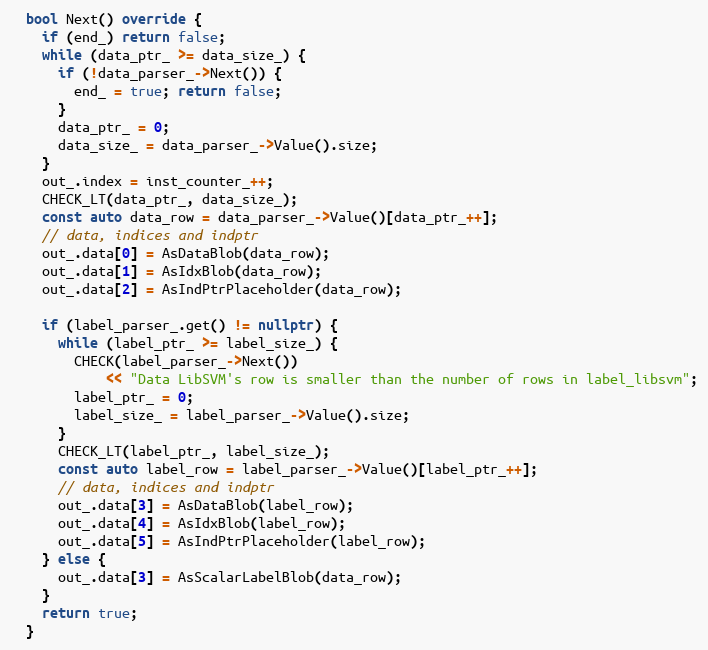
Language: C++
  bool Next() override {
    if (end_) return false;
    while (data_ptr_ >= data_size_) {
      if (!data_parser_->Next()) {
        end_ = true; return false;
      }
      data_ptr_ = 0;
      data_size_ = data_parser_->Value().size;
    }
    out_.index = inst_counter_++;
    CHECK_LT(data_ptr_, data_size_);
    const auto data_row = data_parser_->Value()[data_ptr_++];
    // data, indices and indptr
    out_.data[0] = AsDataBlob(data_row);
    out_.data[1] = AsIdxBlob(data_row);
    out_.data[2] = AsIndPtrPlaceholder(data_row);

    if (label_parser_.get() != nullptr) {
      while (label_ptr_ >= label_size_) {
        CHECK(label_parser_->Next())
            << "Data LibSVM's row is smaller than the number of rows in label_libsvm";
        label_ptr_ = 0;
        label_size_ = label_parser_->Value().size;
      }
      CHECK_LT(label_ptr_, label_size_);
      const auto label_row = label_parser_->Value()[label_ptr_++];
      // data, indices and indptr
      out_.data[3] = AsDataBlob(label_row);
      out_.data[4] = AsIdxBlob(label_row);
      out_.data[5] = AsIndPtrPlaceholder(label_row);
    } else {
      out_.data[3] = AsScalarLabelBlob(data_row);
    }
    return true;
  }